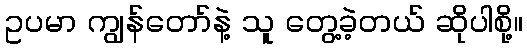
ဥပမာ ကျွန်တော်နဲ့ သူ တွေ့ခဲ့တယ် ဆိုပါစို့။